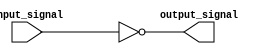
module inverter(
    input wire input_signal,
    output wire output_signal
);

assign output_signal = ~input_signal;

endmodule